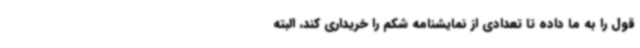
قول را به ما داده تا تعدادی از نمایشنامه شکم را خریداری کند، البته